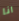
انا